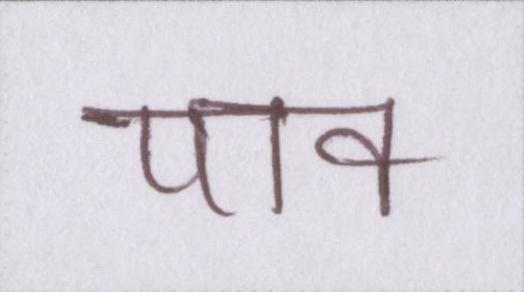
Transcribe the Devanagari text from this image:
पाव